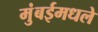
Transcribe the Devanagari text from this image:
मुंबईमधले